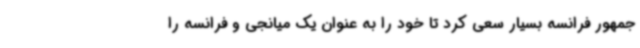
جمهور فرانسه بسیار سعی کرد تا خود را به عنوان یک میانجی و فرانسه را